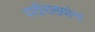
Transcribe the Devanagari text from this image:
पाठीराख्यांना